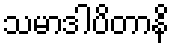
သမာဒါပိတာနိ